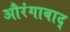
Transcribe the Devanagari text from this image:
औरंगाबाद्